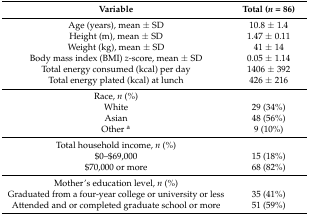
<table><thead><tr><td><b>Variable</b></td><td><b>Total (<i>n</i> = 86)</b></td></tr></thead><tbody><tr><td>Age (years), mean ± SD</td><td>10.8 ± 1.4</td></tr><tr><td>Height (m), mean ± SD</td><td>1.47 ± 0.11</td></tr><tr><td>Weight (kg), mean ± SD</td><td>41 ± 14</td></tr><tr><td>Body mass index (BMI) <i>z</i>-score, mean ± SD</td><td>0.05 ± 1.14</td></tr><tr><td>Total energy consumed (kcal) per day</td><td>1406 ± 392</td></tr><tr><td>Total energy plated (kcal) at lunch </td><td>426 ± 216</td></tr><tr><td>Race, <i>n</i> (%)</td><td></td></tr><tr><td>White</td><td>29 (34%)</td></tr><tr><td>Asian</td><td>48 (56%)</td></tr><tr><td>Other <sup>a</sup></td><td>9 (10%)</td></tr><tr><td>Total household income, <i>n</i> (%) </td><td></td></tr><tr><td>$0–$69,000</td><td>15 (18%)</td></tr><tr><td>$70,000 or more</td><td>68 (82%)</td></tr><tr><td>Mother’s education level, <i>n</i> (%)</td><td></td></tr><tr><td>Graduated from a four-year college or university or less</td><td>35 (41%)</td></tr><tr><td>Attended and or completed graduate school or more</td><td>51 (59%)</td></tr></tbody></table>